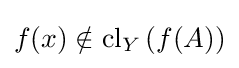
f(x)\notin \operatorname {cl} _{Y}\left(f(A)\right)